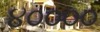
૪૦૦૦૦